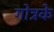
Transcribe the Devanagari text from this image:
गोत्रके